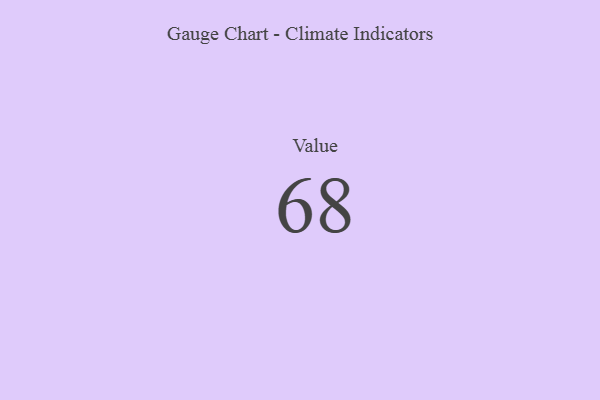
{"axis": {"x": "Metric", "y": "Value"}, "legend": [""], "data": [{"x": "Value", "y": 68, "type": ""}]}